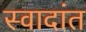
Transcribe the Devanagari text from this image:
स्वादांत